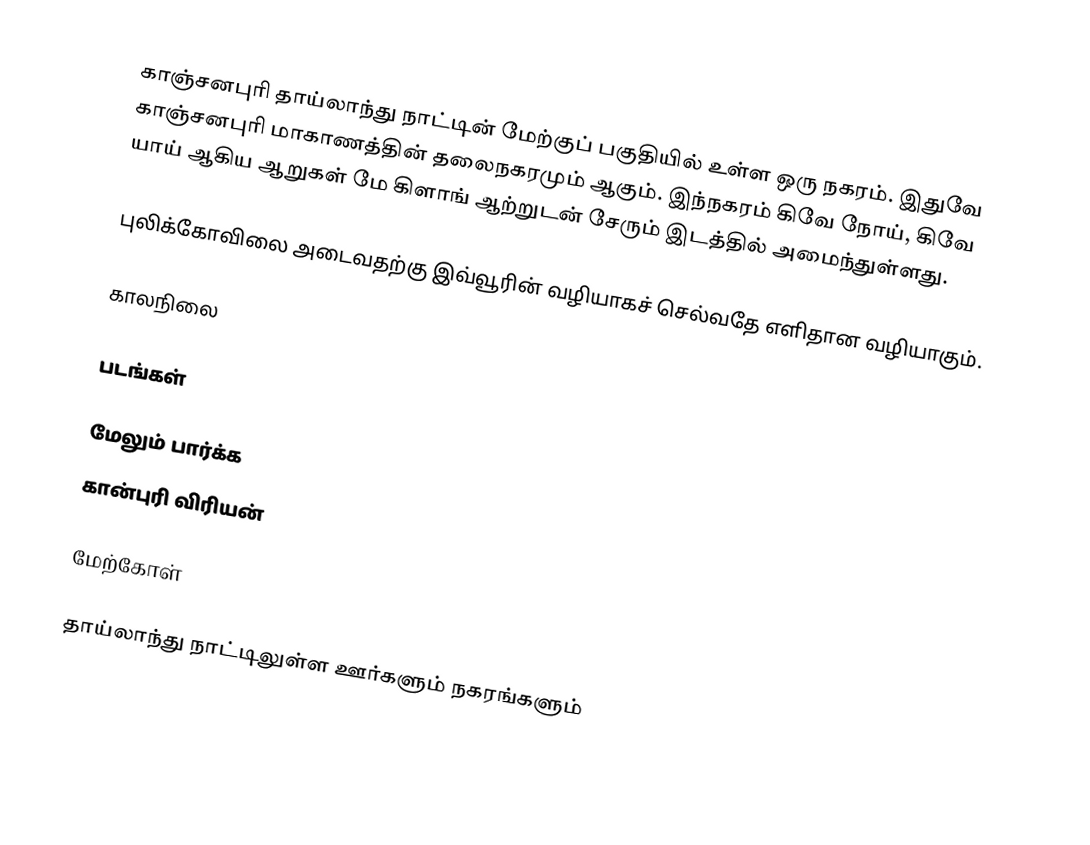
காஞ்சனபுரி தாய்லாந்து நாட்டின் மேற்குப் பகுதியில் உள்ள ஒரு நகரம். இதுவே காஞ்சனபுரி மாகாணத்தின் தலைநகரமும் ஆகும். இந்நகரம் கிவே நோய், கிவே யாய் ஆகிய ஆறுகள் மே கிளாங் ஆற்றுடன் சேரும் இடத்தில் அமைந்துள்ளது.

புலிக்கோவிலை அடைவதற்கு இவ்வூரின் வழியாகச் செல்வதே எளிதான வழியாகும்.

காலநிலை

படங்கள்

மேலும் பார்க்க
 கான்புரி விரியன்

மேற்கோள்

தாய்லாந்து நாட்டிலுள்ள ஊர்களும் நகரங்களும்